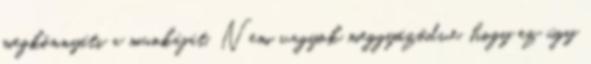
megkönnyíti a munkáját. Nem vagyok meggyőződve, hogy ez úgy